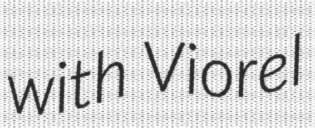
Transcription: with Viorel